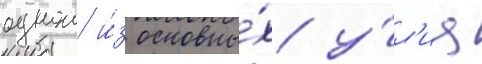
однои и́з основны́х у́л'иц